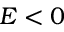
E < 0